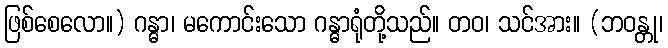
ဖြစ်စေလော။) ဂန္ဓာ၊ မကောင်းသော ဂန္ဓာရုံတို့သည်။ တဝ၊ သင်အား။ (ဘဝန္တု၊